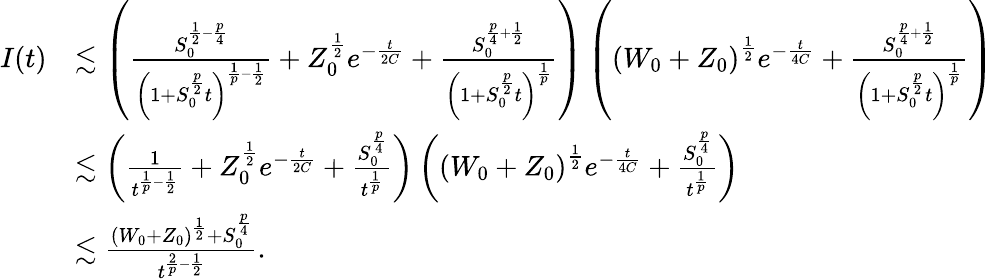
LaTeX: \begin{array}{rl}{I(t)}&{\lesssim\left(\frac{S_{0}^{\frac{1}{2}-\frac{p}{4}}}{\left(1+S_{0}^{\frac{p}{2}}t\right)^{\frac{1}{p}-\frac{1}{2}}}+Z_{0}^{\frac{1}{2}}e^{-\frac{t}{2C}}+\frac{S_{0}^{\frac{p}{4}+\frac{1}{2}}}{\left(1+S_{0}^{\frac{p}{2}}t\right)^{\frac{1}{p}}}\right)\left(\left(W_{0}+Z_{0}\right)^{\frac{1}{2}}e^{-\frac{t}{4C}}+\frac{S_{0}^{\frac{p}{4}+\frac{1}{2}}}{\left(1+S_{0}^{\frac{p}{2}}t\right)^{\frac{1}{p}}}\right)}\\ &{\lesssim\left(\frac{1}{t^{\frac{1}{p}-\frac{1}{2}}}+Z_{0}^{\frac{1}{2}}e^{-\frac{t}{2C}}+\frac{S_{0}^{\frac{p}{4}}}{t^{\frac{1}{p}}}\right)\left(\left(W_{0}+Z_{0}\right)^{\frac{1}{2}}e^{-\frac{t}{4C}}+\frac{S_{0}^{\frac{p}{4}}}{t^{\frac{1}{p}}}\right)}\\ &{\lesssim\frac{(W_{0}+Z_{0})^{\frac{1}{2}}+S_{0}^{\frac{p}{4}}}{t^{\frac{2}{p}-\frac{1}{2}}}.}\end{array}